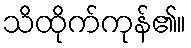
သိထိုက်ကုန်၏။